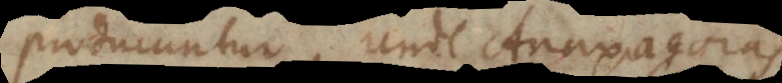
producuntur, unde Anaxagoras